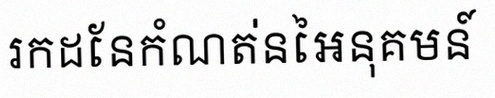
រកដែនកំណត់នៃអនុគមន៍